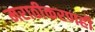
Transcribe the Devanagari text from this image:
मराठीकरणही